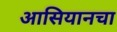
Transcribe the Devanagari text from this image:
आसियानचा